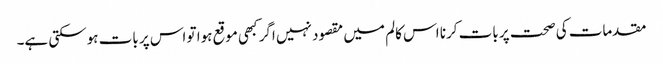
مقدمات کی صحت پر بات کرنا اس کالم میں مقصود نہیں اگر کبھی موقع ہوا تو اس پر بات ہوسکتی ہے۔